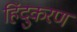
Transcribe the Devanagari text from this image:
हिंदुकरण